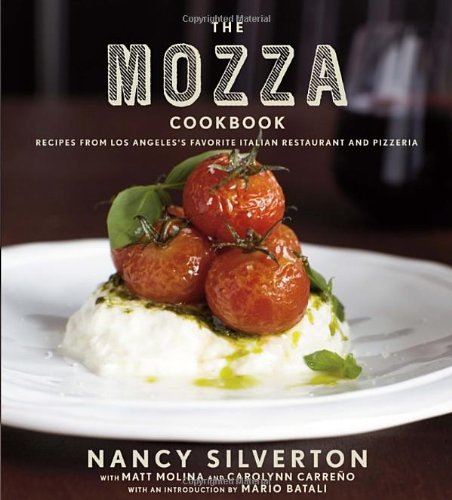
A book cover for The Mozza Cookbook: Recipes from Los Angeles's Favorite Italian Restaurant and Pizzeria; Nancy Silverton; Cookbooks, Food & Wine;